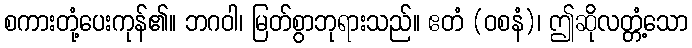
စကားတုံ့ပေးကုန်၏။ ဘဂဝါ၊ မြတ်စွာဘုရားသည်။ ဧတံ (ဝစနံ)၊ ဤဆိုလတ္တံ့သော